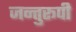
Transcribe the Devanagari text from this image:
जन्तुरूपी